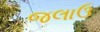
જલાઉ